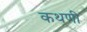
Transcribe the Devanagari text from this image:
कथणी